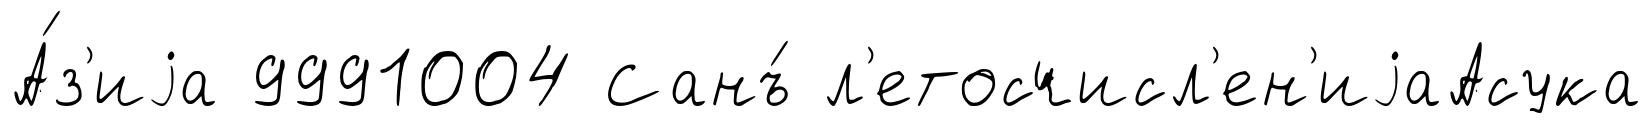
А́з'иjа 9991004 Санъ́ л'етосчисл'ен'иjаАсука